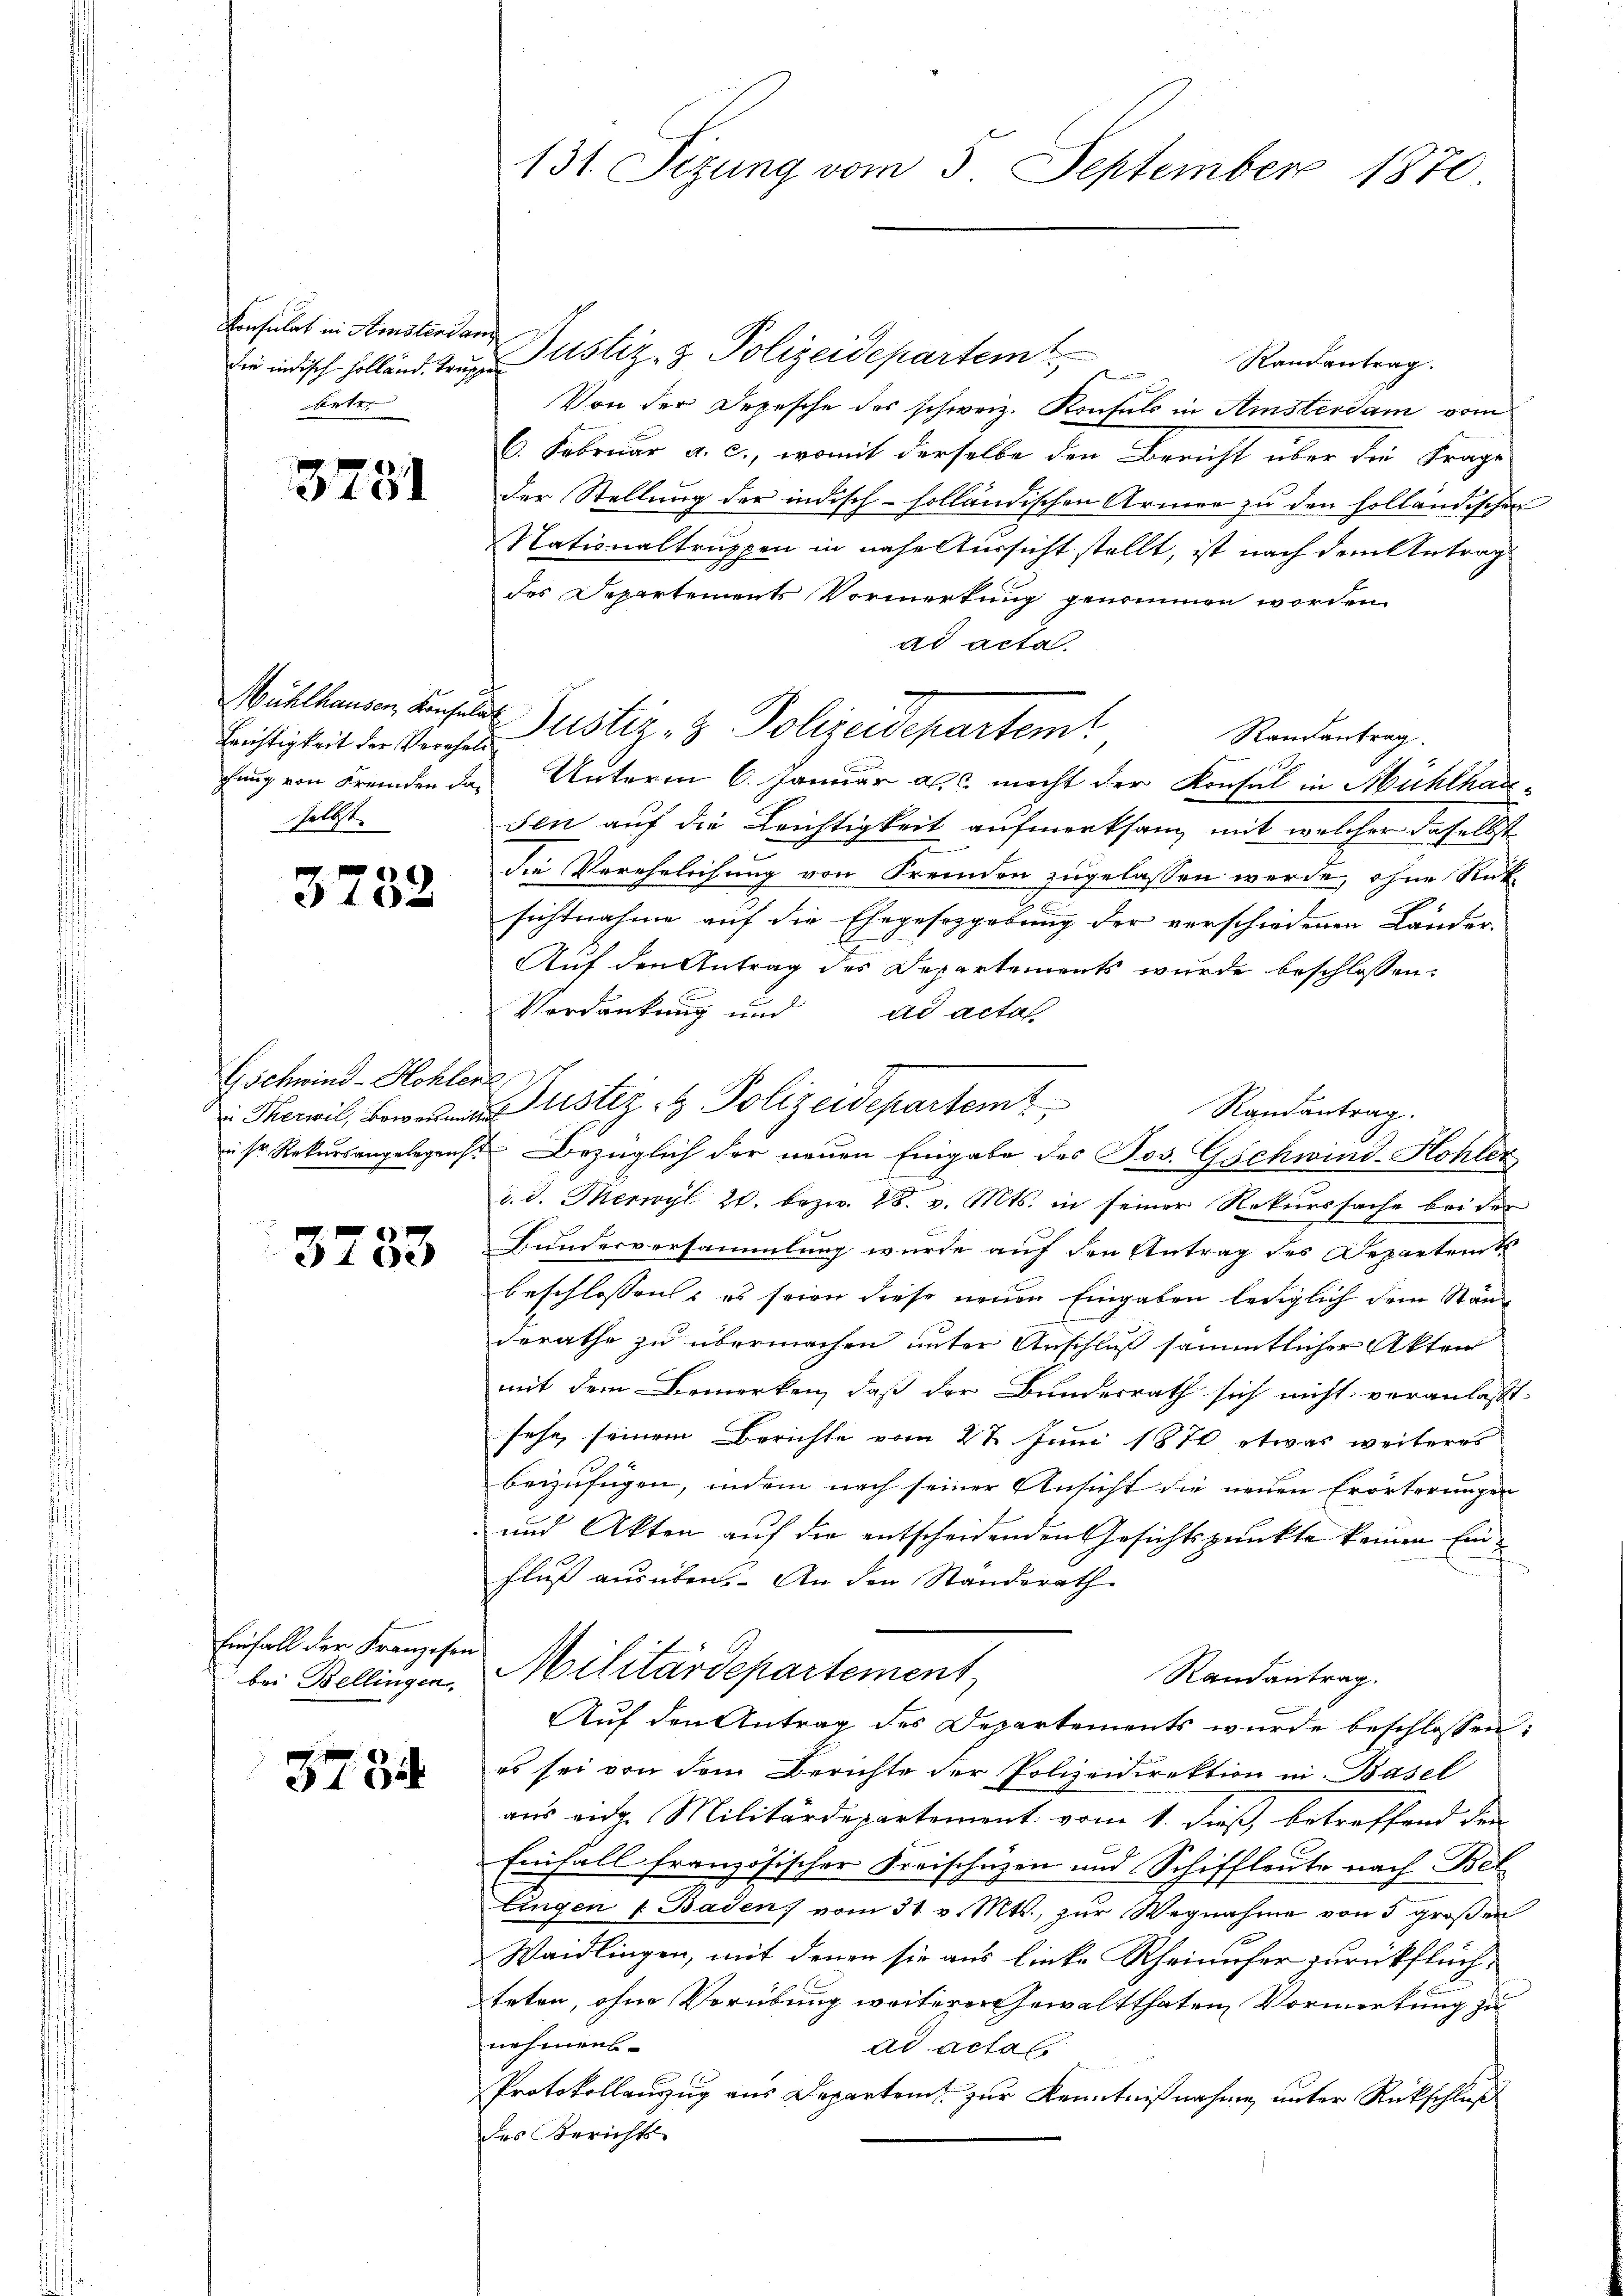
die indisch Holländ. Truppe
Unter

345

Erichtigkeit der Vereheli
selbst.

3752

Gschwind-Hohlenz

3733

Einfall der Franzosen
 bei Bellingen

3784

131. Sizung vom 5. September 1870

Versulat in Amstenden Justiz- & Polizeidepartem
Randantrag.
S
Von der Depesche des schweiz. Konsuls in Amsterdam vom
6. Februar a. c., womit derselbe den Bericht über die Frage
der Stellung der indisch-holländischen Armen zu den holländischen
Nationaltruppen in nahe Aussicht stellt, ist nach dem Antrag
des Departements Vormerkung genommen worden.
ad acta.
Mühlhausen einfalle Justiz- & Polizeidepartemt
Randantrag
chung von Fremden das Unterm 6. Januar a. c. macht der Konsul in Mühlhausen auf die Leichtigkeit aufmerksam mit welcher daselbst
die Verehelichung von Fremden zugelassen werde, ohne Rüksichtnahme auf die Ehegesezgebung der verschiedenen Länder-
Auf den Antrag des Departements wurde beschlossen:
Vordankung und ad acta.
 Therwil, Bewann Justiz & Polizeidepartem
Randantrag.
i sr. Rekursangelegens Bezüglich der neuen Eingabe des Jos. Gschwind-Hohler
d. d. Merwyl 20. bezw. 28. v. Mts. in seiner Rekurssache bei der
Bundesversammlung wurde auf den Antrag des Departent
beschlossen, es seien diese neuen Eingaben lediglich dem Ständerathe zu übermachen unter Anschluß sämmtlicher Akten
mit dem Bemerken, daß der Bundesrath sich nicht veranlasst.
sehe, seinem Berichte vom 2t Juni 1870 etwas weiteres
beizufügen, indem nach seiner Ansicht die neuen Erörterungen
und Akten auf die entscheidenden Gesichtspunkte keinen Einfluß ausüben. An den Standerath
Militärdepartement
Randantrag.
Auf den Antrag des Departements wurde beschlossen:
es sei von dem Berichte der Polizeidirektion in Basel
aus eidg. Militärdepartement vom 1. dieß, betreffend den
Einfall französischer Kreischäzen und Schiffleute nach Bel
lingen 1. Baden, vom 31. v. Mts., zur Wegnahme von 5 großen
Waidlingen, mit denen sie aus linke Rheinufer zurückflüchteten, ohne Verübung weiterer Gewaltthaten Vormerkung zu
nehmens-
ad actat
Protokollauszug aus Departen zur Kenntnißnahme unter Rückschluß
des Berichts-